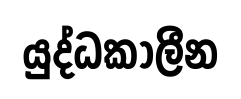
යුද්ධකාලීන